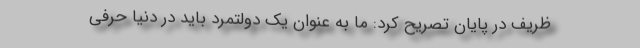
ظریف در پایان تصریح کرد: ما به عنوان یک دولتمرد باید در دنیا حرفی